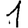
Digit: 1